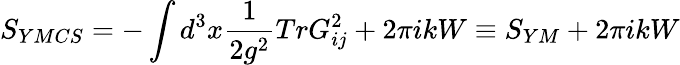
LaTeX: S_{YMCS}=-\int d^{3}x\frac{1}{2g^{2}}TrG_{ij}^{2}+2\pi ikW\equiv S_{YM}+2\pi ikW